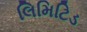
લિમિટિડ